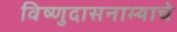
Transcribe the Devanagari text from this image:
विष्णुदासनाम्याचे